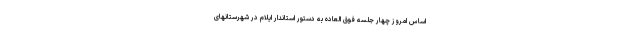
اساس امروز چهار جلسه فوق العاده به دستور استاندار ایلام در شهرستانهای